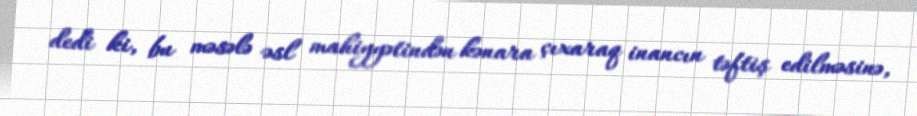
dedi ki, bu məsələ əsl mahiyyətindən kənara çıxaraq inancın təftiş edilməsinə,